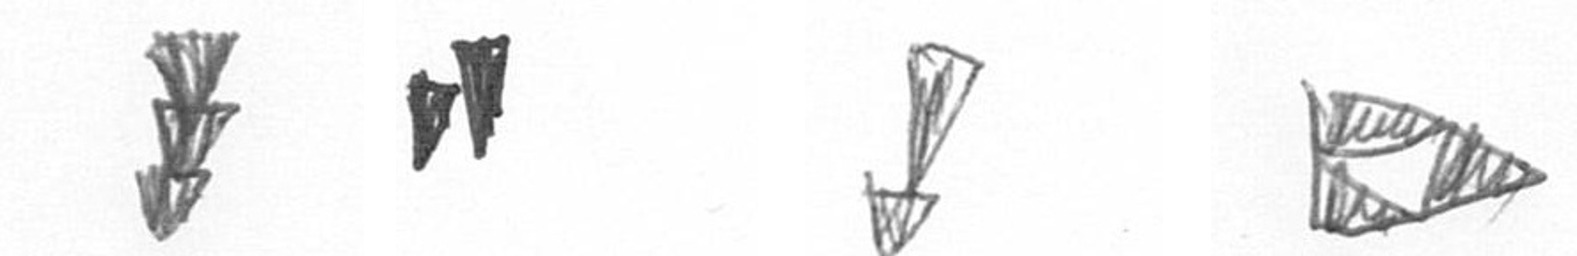
E M Z K